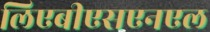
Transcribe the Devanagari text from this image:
लिएबीएसएनएल